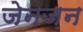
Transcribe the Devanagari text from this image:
जेनज़न